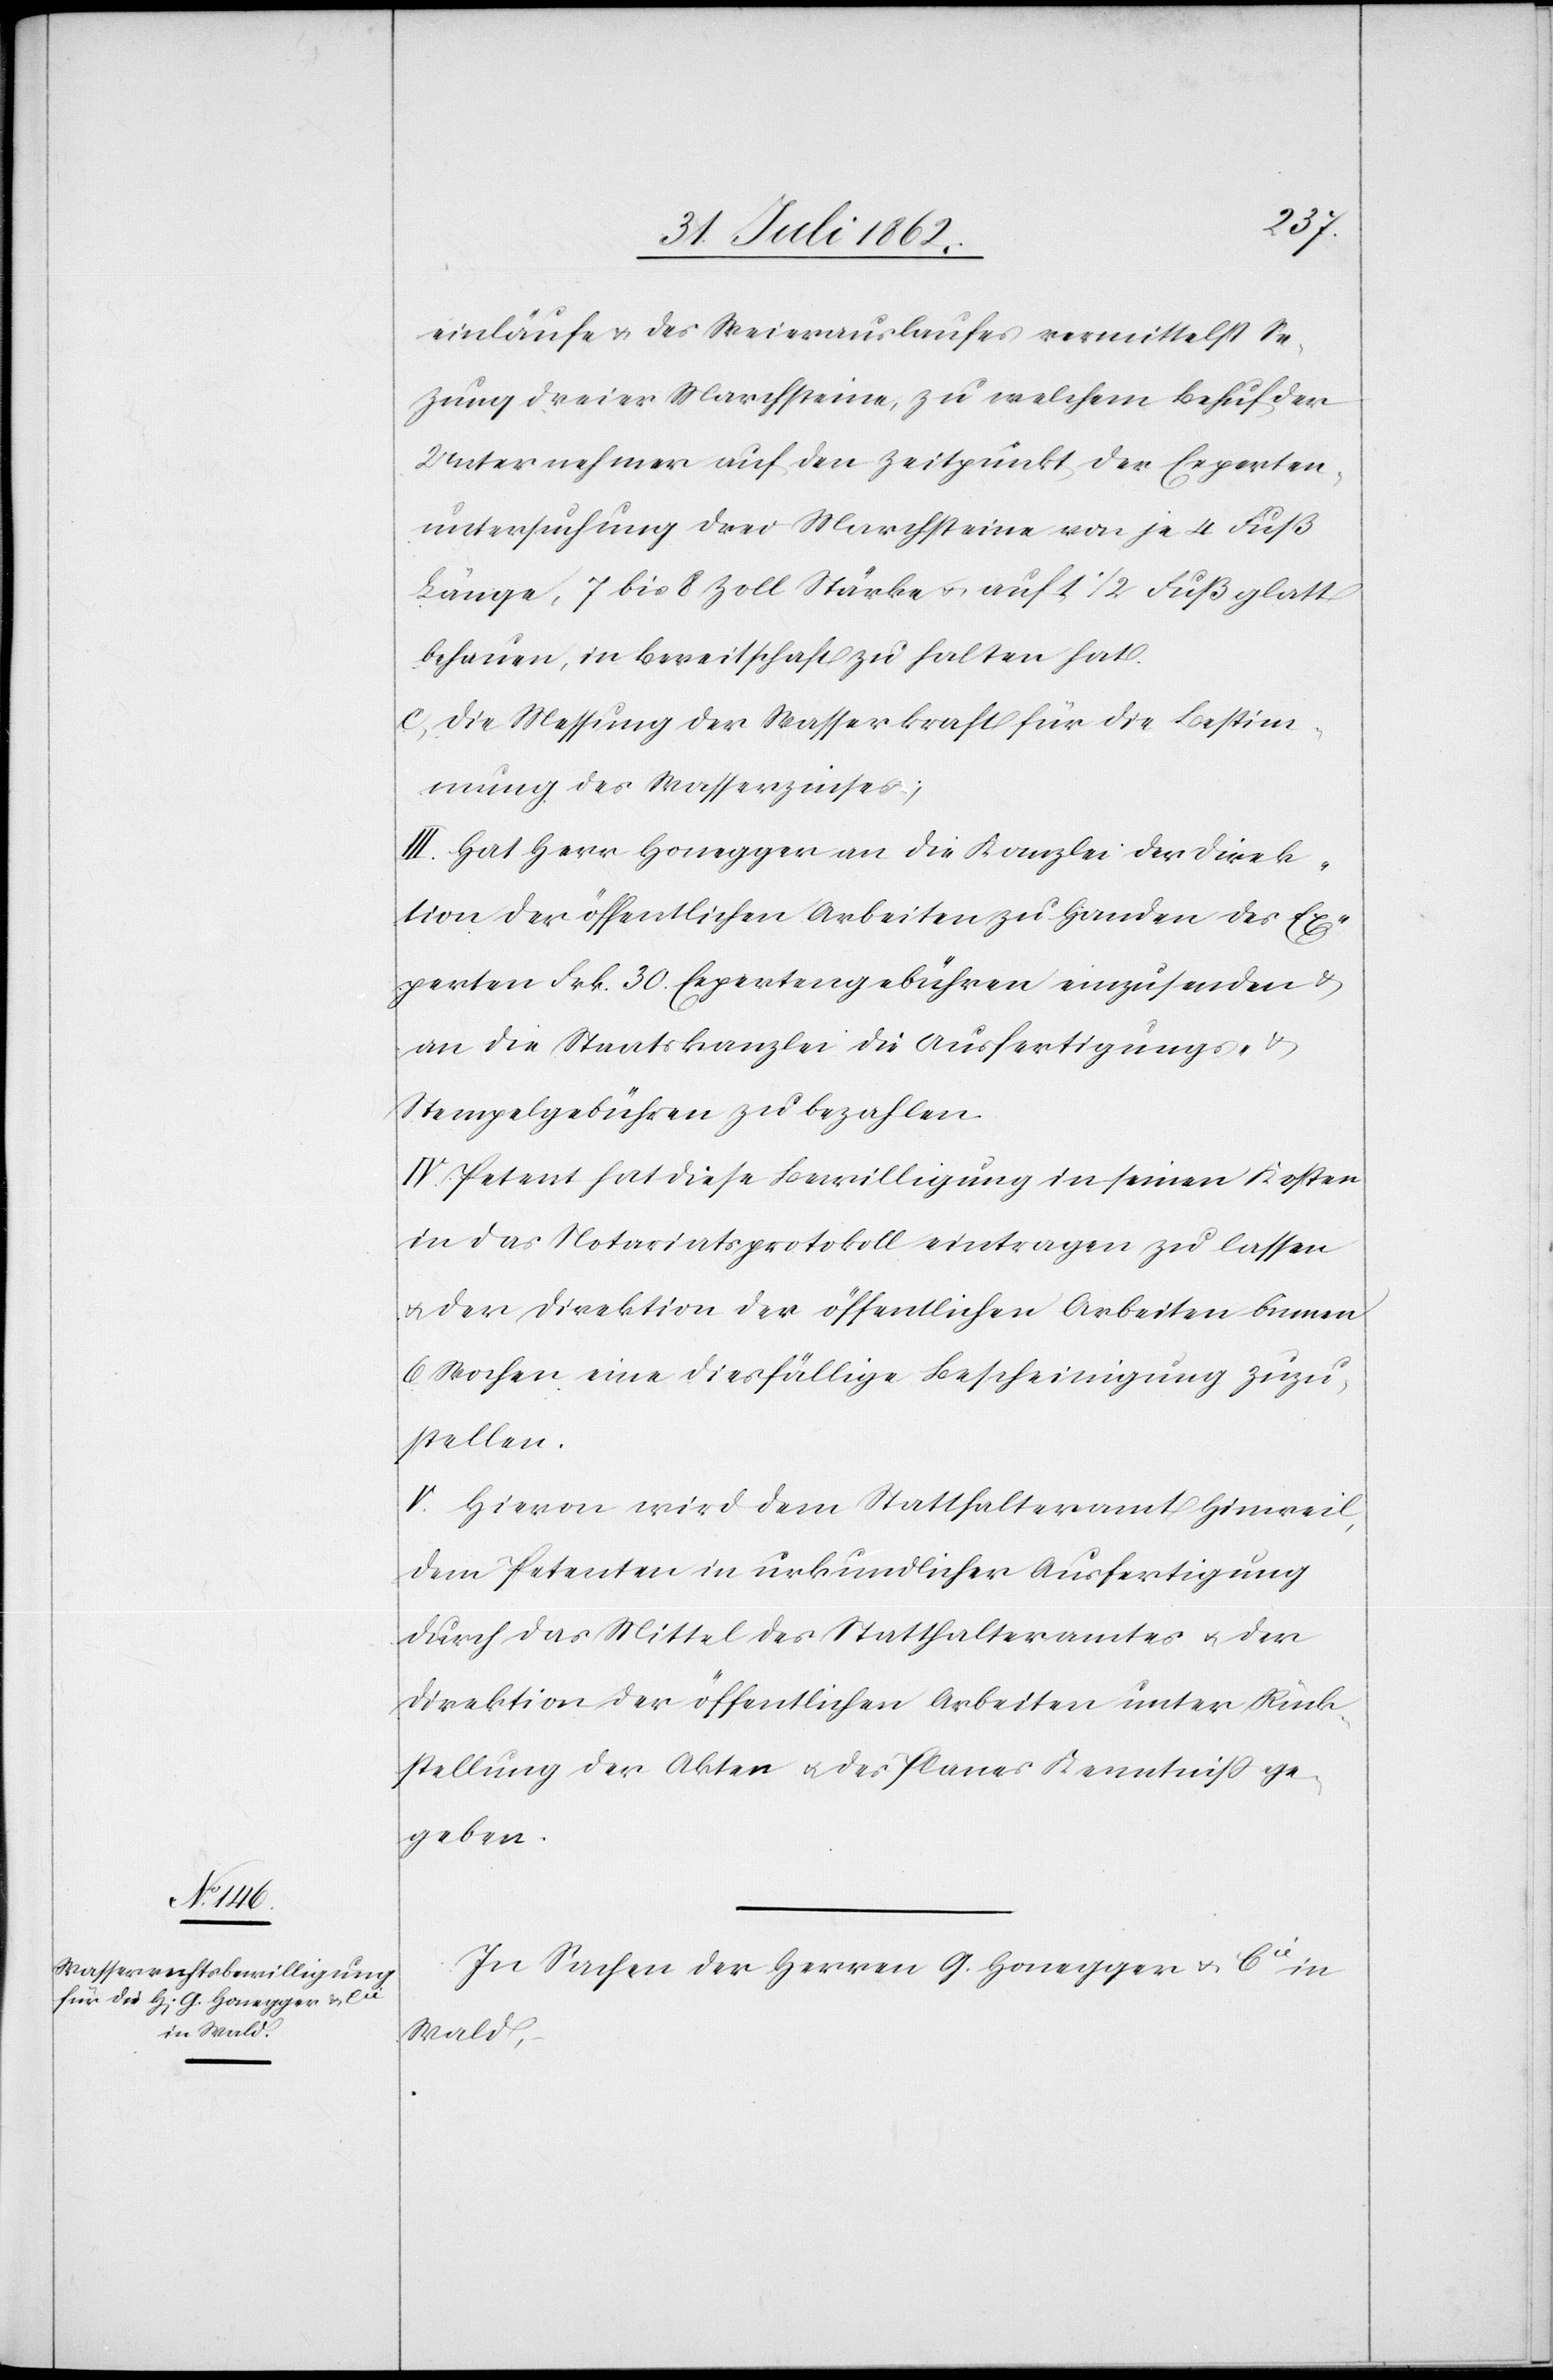
einläufe u. des Weierauslaufes vermittelst Se[t]z¬
ung dreier Marchsteine, zu welchem Behuf der
Unternehmer auf den Zeitpunkt der Experten¬
untersuchung drei Marchsteine von je 4 Fuß
Länge, 7 bis 8 Zoll Stärke u. auf 1 1/2 Fuß glatt
behauen, in Bereitschaft zu halten hat.
c. Die Messung der Wasserkraft für die Bestim¬
mung des Wasserzinses;
III. Hat Herr Honegger an die Kanzlei der Direk¬
tion der öffentlichen Arbeiten zu Handen des Ex¬
perten Frk. 30 Expertengebühren einzusenden u.
an die Staatskanzlei die Ausfertigungs- u.
Stempelgebühren zu bezahlen.
IV. Petent hat diese Bewilligung in seinen Kosten
in das Notariatsprotokoll eintragen zu lassen
u. der Direktion der öffentlichen Arbeiten binnen
6 Wochen eine diesfällige Bescheinigung zuzu¬
stellen.
V. Hievon wird dem Statthalteramt Hinweil,
dem Petenten in urkundlicher Ausfertigung
durch das Mittel des Statthalteramtes u. der
Direktion der öffentlichen Arbeiten unter Rück¬
stellung der Akten u. des Planes Kenntniß ge¬
geben.
In Sachen der Herren G. Honegger u. Cie in
Wald